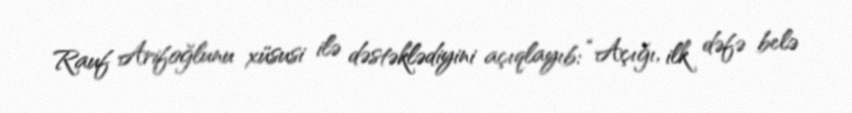
Rauf Arifoğlunu xüsusi ilə dəstəklədiyini açıqlayıb: “Açığı, ilk dəfə belə